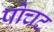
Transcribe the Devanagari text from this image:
पोचट